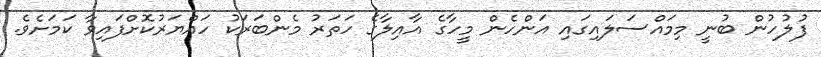
ފުލުހުން ބުނީ މިމައްސަލައިގައި އަންހެން މީހާގެ އާއިލާގެ ހަތަރު މެންބަރަކު ހައްޔަރުކޮށްފައިވާ ކަމަށެވެ.